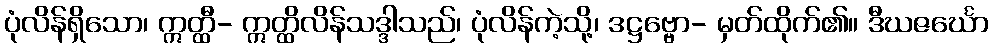
ပုံလိန်ရှိသော၊ ဣတ္ထီ- ဣတ္ထိလိန်သဒ္ဒါသည်၊ ပုံလိန်ကဲ့သို့၊ ဒဋ္ဌဗ္ဗော- မှတ်ထိုက်၏။ ဒီဃဇင်္ဃော